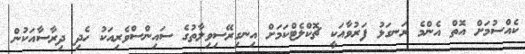
ކެއްސުމަށް އޮތް އެންމެ ރަނގަޅު ފަރުވާއަކީ ޗޮކްލެޓްކަމަށް އިނގިރޭސިވިލާތުގެ ސައިންސްވެރިއަކު ހެދި ދިރާސާއަކުން